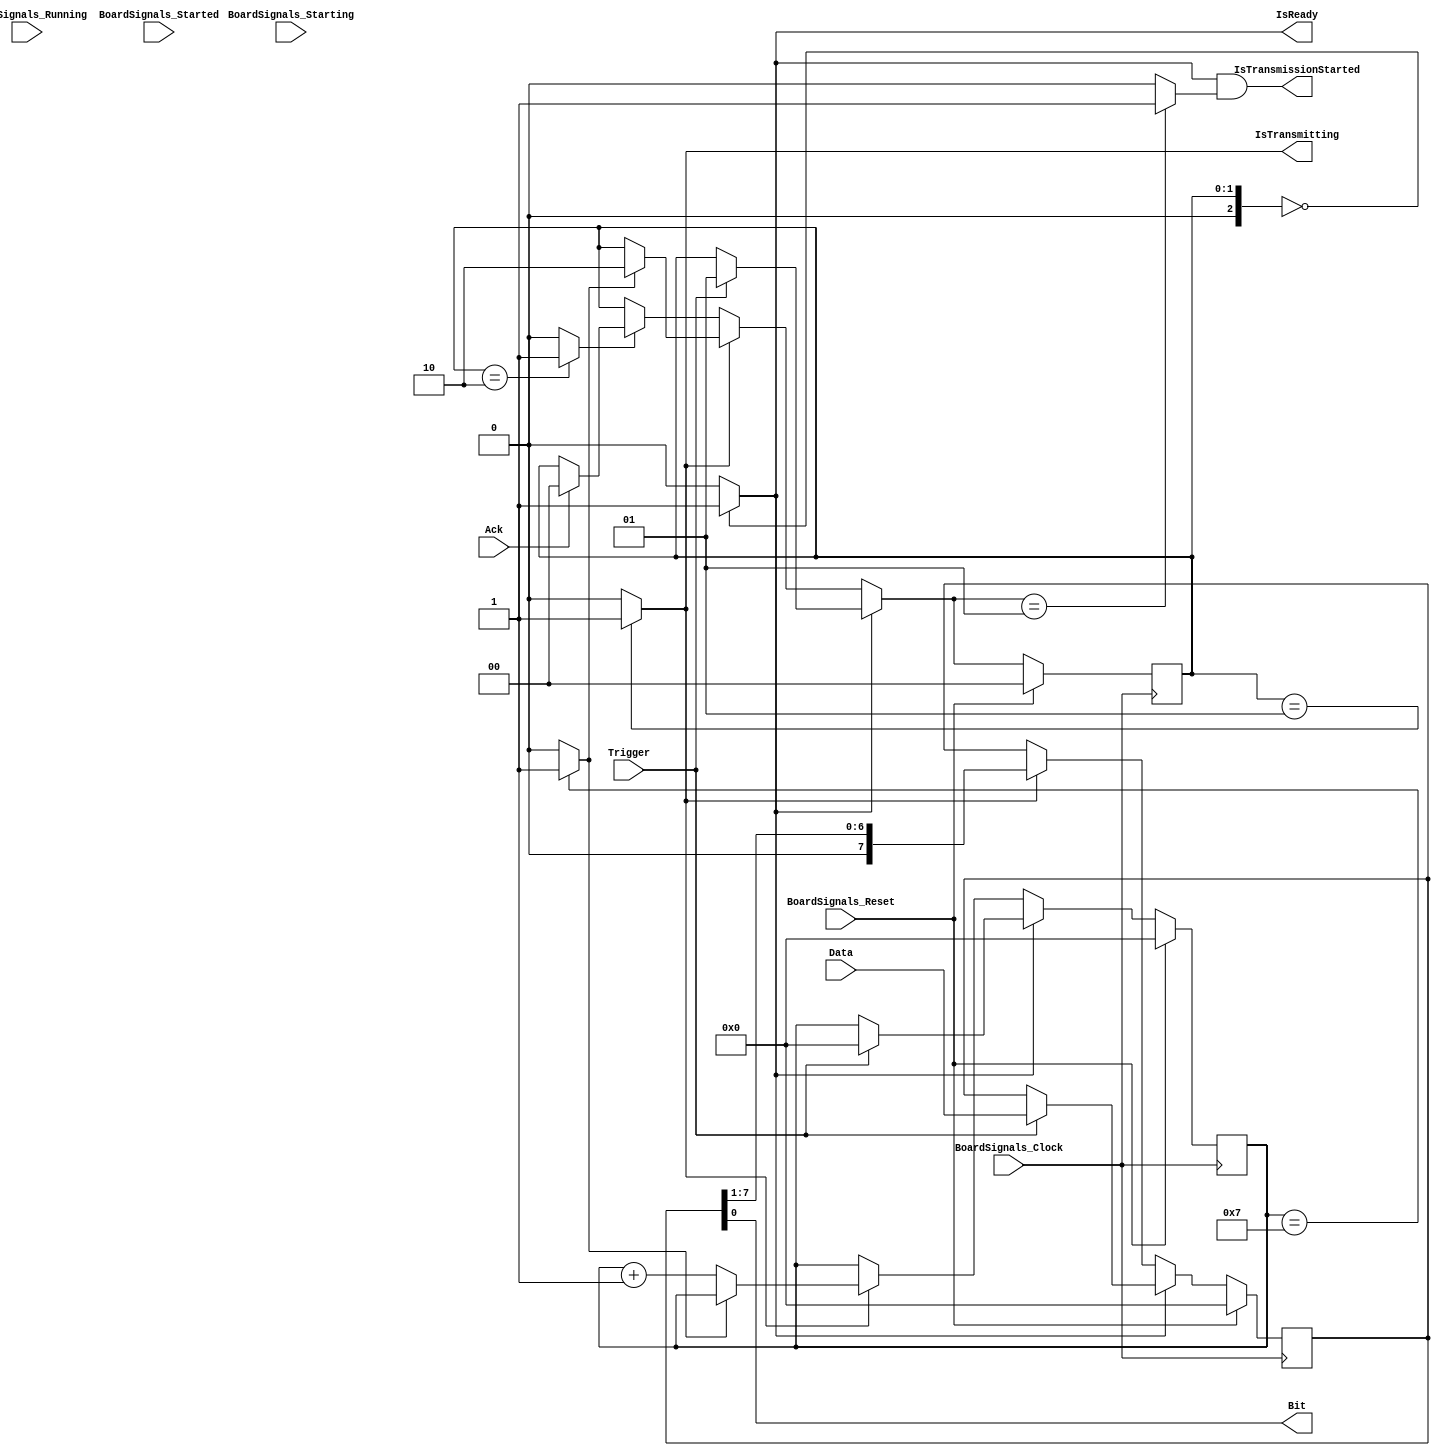
`timescale 1ns/1ps
`default_nettype none
// PLEASE READ THIS, IT MAY SAVE YOU SOME TIME AND MONEY, THANK YOU!
// * This file was generated by Quokka FPGA Toolkit.
// * Generated code is your property, do whatever you want with it
// * Place custom code between [BEGIN USER ***] and [END USER ***].
// * CAUTION: All code outside of [USER] scope is subject to regeneration.
// * Bad things happen sometimes in developer's life,
//   it is recommended to use source control management software (e.g. git, bzr etc) to keep your custom code safe'n'sound.
// * Internal structure of code is subject to change.
//   You can use some of signals in custom code, but most likely they will not exist in future (e.g. will get shorter or gone completely)
// * Please send your feedback, comments, improvement ideas etc. to evmuryshkin@gmail.com
// * Visit https://github.com/EvgenyMuryshkin/QuokkaEvaluation to access latest version of playground
//
// DISCLAIMER:
//   Code comes AS-IS, it is your responsibility to make sure it is working as expected
//   no responsibility will be taken for any loss or damage caused by use of Quokka toolkit.
//
// System configuration name is CompositionModule_TopLevel_Transmitter, clock frequency is 1Hz, Embedded
// FSM summary
// -- Packages
module CompositionModule_TopLevel_Transmitter
(
	// [BEGIN USER PORTS]
	// [END USER PORTS]
	input wire BoardSignals_Clock,
	input wire BoardSignals_Reset,
	input wire BoardSignals_Running,
	input wire BoardSignals_Starting,
	input wire BoardSignals_Started,
	input wire Ack,
	input wire [7:0] Data,
	input wire Trigger,
	output wire Bit,
	output wire IsReady,
	output wire IsTransmissionStarted,
	output wire IsTransmitting
);
	// [BEGIN USER SIGNALS]
	// [END USER SIGNALS]
	localparam HiSignal = 1'b1;
	localparam LoSignal = 1'b0;
	wire Zero = 1'b0;
	wire One = 1'b1;
	wire true = 1'b1;
	wire false = 1'b0;
	wire [1: 0] TransmitterModule_L13F9L40T10_TransmitterModule_L14F13L39T14_TransmitterModule_L16F22T41_Expr = 2'b00;
	wire TransmitterModule_L13F9L40T10_TransmitterModule_L14F13L39T14_TransmitterModule_L18F21L22T22_TransmitterModule_L19F45T46_Expr = 1'b0;
	wire [1: 0] TransmitterModule_L13F9L40T10_TransmitterModule_L14F13L39T14_TransmitterModule_L18F21L22T22_TransmitterModule_L21F41T68_Expr = 2'b01;
	wire [1: 0] TransmitterModule_L13F9L40T10_TransmitterModule_L14F13L39T14_TransmitterModule_L24F22T49_Expr = 2'b01;
	wire [2: 0] TransmitterModule_L13F9L40T10_TransmitterModule_L14F13L39T14_TransmitterModule_L25F42T43_Expr = 3'b111;
	wire [1: 0] TransmitterModule_L13F9L40T10_TransmitterModule_L14F13L39T14_TransmitterModule_L26F21L28T22_TransmitterModule_L27F41T69_Expr = 2'b10;
	wire TransmitterModule_L13F9L40T10_TransmitterModule_L14F13L39T14_TransmitterModule_L30F21L32T22_TransmitterModule_L31F68T69_Expr = 1'b1;
	wire TransmitterModule_L13F9L40T10_TransmitterModule_L14F13L39T14_TransmitterModule_L33F52T53_Expr = 1'b1;
	wire [1: 0] TransmitterModule_L13F9L40T10_TransmitterModule_L14F13L39T14_TransmitterModule_L35F22T50_Expr = 2'b10;
	wire [1: 0] TransmitterModule_L13F9L40T10_TransmitterModule_L14F13L39T14_TransmitterModule_L37F41T60_Expr = 2'b00;
	wire [1: 0] TransmitterModule_L9F46T65_Expr = 2'b00;
	wire [1: 0] TransmitterModule_L11F59T78_Expr = 2'b00;
	wire [1: 0] TransmitterModule_L11F99T126_Expr = 2'b01;
	wire [1: 0] TransmitterModule_L10F52T79_Expr = 2'b01;
	wire Inputs_Ack;
	wire [7: 0] Inputs_Data;
	wire Inputs_Trigger;
	reg [7: 0] NextState_Counter;
	reg [7: 0] NextState_Data;
	reg [1: 0] NextState_FSM;
	wire [7: 0] TransmitterModule_L13F9L40T10_TransmitterModule_L14F13L39T14_TransmitterModule_L30F21L32T22_TransmitterModule_L31F45T70_Cast;
	reg [7: 0] State_Counter = 8'b00000000;
	wire [7: 0] State_CounterDefault = 8'b00000000;
	reg [7: 0] State_Data = 8'b00000000;
	wire [7: 0] State_DataDefault = 8'b00000000;
	reg [1: 0] State_FSM = 2'b00;
	wire [1: 0] State_FSMDefault = 2'b00;
	wire [7: 0] TransmitterModule_L13F9L40T10_TransmitterModule_L14F13L39T14_TransmitterModule_L33F38T53_Expr;
	wire [7: 0] TransmitterModule_L13F9L40T10_TransmitterModule_L14F13L39T14_TransmitterModule_L33F38T53_Expr_1;
	wire TransmitterModule_L11F46T126_Expr;
	wire TransmitterModule_L11F46T126_Expr_1;
	wire TransmitterModule_L11F46T126_Expr_2;
	wire [9: 0] TransmitterModule_L13F9L40T10_TransmitterModule_L14F13L39T14_TransmitterModule_L30F21L32T22_TransmitterModule_L31F52T69_Expr;
	wire signed [9: 0] TransmitterModule_L13F9L40T10_TransmitterModule_L14F13L39T14_TransmitterModule_L30F21L32T22_TransmitterModule_L31F52T69_Expr_1;
	wire signed [9: 0] TransmitterModule_L13F9L40T10_TransmitterModule_L14F13L39T14_TransmitterModule_L30F21L32T22_TransmitterModule_L31F52T69_Expr_2;
	wire TransmitterModule_L13F9L40T10_TransmitterModule_L14F13L39T14_TransmitterModule_L16F17L23T27_Case;
	wire signed [2: 0] TransmitterModule_L13F9L40T10_TransmitterModule_L14F13L39T14_TransmitterModule_L16F17L23T27_CaseLhs;
	wire signed [2: 0] TransmitterModule_L13F9L40T10_TransmitterModule_L14F13L39T14_TransmitterModule_L16F17L23T27_CaseRhs;
	wire TransmitterModule_L13F9L40T10_TransmitterModule_L14F13L39T14_TransmitterModule_L24F17L34T27_Case;
	wire signed [2: 0] TransmitterModule_L13F9L40T10_TransmitterModule_L14F13L39T14_TransmitterModule_L24F17L34T27_CaseLhs;
	wire signed [2: 0] TransmitterModule_L13F9L40T10_TransmitterModule_L14F13L39T14_TransmitterModule_L24F17L34T27_CaseRhs;
	wire TransmitterModule_L13F9L40T10_TransmitterModule_L14F13L39T14_TransmitterModule_L25F25T43_Expr;
	wire signed [8: 0] TransmitterModule_L13F9L40T10_TransmitterModule_L14F13L39T14_TransmitterModule_L25F25T43_ExprLhs;
	wire signed [8: 0] TransmitterModule_L13F9L40T10_TransmitterModule_L14F13L39T14_TransmitterModule_L25F25T43_ExprRhs;
	wire TransmitterModule_L13F9L40T10_TransmitterModule_L14F13L39T14_TransmitterModule_L35F17L38T27_Case;
	wire signed [2: 0] TransmitterModule_L13F9L40T10_TransmitterModule_L14F13L39T14_TransmitterModule_L35F17L38T27_CaseLhs;
	wire signed [2: 0] TransmitterModule_L13F9L40T10_TransmitterModule_L14F13L39T14_TransmitterModule_L35F17L38T27_CaseRhs;
	wire TransmitterModule_L9F32T65_Expr;
	wire signed [2: 0] TransmitterModule_L9F32T65_ExprLhs;
	wire signed [2: 0] TransmitterModule_L9F32T65_ExprRhs;
	wire TransmitterModule_L11F46T78_Expr;
	wire signed [2: 0] TransmitterModule_L11F46T78_ExprLhs;
	wire signed [2: 0] TransmitterModule_L11F46T78_ExprRhs;
	wire TransmitterModule_L11F82T126_Expr;
	wire signed [2: 0] TransmitterModule_L11F82T126_ExprLhs;
	wire signed [2: 0] TransmitterModule_L11F82T126_ExprRhs;
	wire TransmitterModule_L10F39T79_Expr;
	wire signed [2: 0] TransmitterModule_L10F39T79_ExprLhs;
	wire signed [2: 0] TransmitterModule_L10F39T79_ExprRhs;
	always @ (posedge BoardSignals_Clock)
	begin
		if ((BoardSignals_Reset == 1))
		begin
			State_Counter <= State_CounterDefault;
			State_Data <= State_DataDefault;
			State_FSM <= State_FSMDefault;
		end
		else
		begin
			State_Counter <= NextState_Counter;
			State_Data <= NextState_Data;
			State_FSM <= NextState_FSM;
		end
	end
	assign TransmitterModule_L13F9L40T10_TransmitterModule_L14F13L39T14_TransmitterModule_L16F17L23T27_Case = TransmitterModule_L13F9L40T10_TransmitterModule_L14F13L39T14_TransmitterModule_L16F17L23T27_CaseLhs == TransmitterModule_L13F9L40T10_TransmitterModule_L14F13L39T14_TransmitterModule_L16F17L23T27_CaseRhs ? 1'b1 : 1'b0;
	assign TransmitterModule_L13F9L40T10_TransmitterModule_L14F13L39T14_TransmitterModule_L24F17L34T27_Case = TransmitterModule_L13F9L40T10_TransmitterModule_L14F13L39T14_TransmitterModule_L24F17L34T27_CaseLhs == TransmitterModule_L13F9L40T10_TransmitterModule_L14F13L39T14_TransmitterModule_L24F17L34T27_CaseRhs ? 1'b1 : 1'b0;
	assign TransmitterModule_L13F9L40T10_TransmitterModule_L14F13L39T14_TransmitterModule_L25F25T43_Expr = TransmitterModule_L13F9L40T10_TransmitterModule_L14F13L39T14_TransmitterModule_L25F25T43_ExprLhs == TransmitterModule_L13F9L40T10_TransmitterModule_L14F13L39T14_TransmitterModule_L25F25T43_ExprRhs ? 1'b1 : 1'b0;
	assign TransmitterModule_L13F9L40T10_TransmitterModule_L14F13L39T14_TransmitterModule_L35F17L38T27_Case = TransmitterModule_L13F9L40T10_TransmitterModule_L14F13L39T14_TransmitterModule_L35F17L38T27_CaseLhs == TransmitterModule_L13F9L40T10_TransmitterModule_L14F13L39T14_TransmitterModule_L35F17L38T27_CaseRhs ? 1'b1 : 1'b0;
	assign TransmitterModule_L9F32T65_Expr = TransmitterModule_L9F32T65_ExprLhs == TransmitterModule_L9F32T65_ExprRhs ? 1'b1 : 1'b0;
	assign TransmitterModule_L11F46T78_Expr = TransmitterModule_L11F46T78_ExprLhs == TransmitterModule_L11F46T78_ExprRhs ? 1'b1 : 1'b0;
	assign TransmitterModule_L11F82T126_Expr = TransmitterModule_L11F82T126_ExprLhs == TransmitterModule_L11F82T126_ExprRhs ? 1'b1 : 1'b0;
	assign TransmitterModule_L10F39T79_Expr = TransmitterModule_L10F39T79_ExprLhs == TransmitterModule_L10F39T79_ExprRhs ? 1'b1 : 1'b0;
	// Output: TransmitterModule_L13F9L40T10_TransmitterModule_L14F13L39T14_TransmitterModule_L33F38T53_Expr, Width: 8, ShiftBy: 1, Sources: 1
	assign TransmitterModule_L13F9L40T10_TransmitterModule_L14F13L39T14_TransmitterModule_L33F38T53_Expr[0] = TransmitterModule_L13F9L40T10_TransmitterModule_L14F13L39T14_TransmitterModule_L33F38T53_Expr_1[1];
	assign TransmitterModule_L13F9L40T10_TransmitterModule_L14F13L39T14_TransmitterModule_L33F38T53_Expr[1] = TransmitterModule_L13F9L40T10_TransmitterModule_L14F13L39T14_TransmitterModule_L33F38T53_Expr_1[2];
	assign TransmitterModule_L13F9L40T10_TransmitterModule_L14F13L39T14_TransmitterModule_L33F38T53_Expr[2] = TransmitterModule_L13F9L40T10_TransmitterModule_L14F13L39T14_TransmitterModule_L33F38T53_Expr_1[3];
	assign TransmitterModule_L13F9L40T10_TransmitterModule_L14F13L39T14_TransmitterModule_L33F38T53_Expr[3] = TransmitterModule_L13F9L40T10_TransmitterModule_L14F13L39T14_TransmitterModule_L33F38T53_Expr_1[4];
	assign TransmitterModule_L13F9L40T10_TransmitterModule_L14F13L39T14_TransmitterModule_L33F38T53_Expr[4] = TransmitterModule_L13F9L40T10_TransmitterModule_L14F13L39T14_TransmitterModule_L33F38T53_Expr_1[5];
	assign TransmitterModule_L13F9L40T10_TransmitterModule_L14F13L39T14_TransmitterModule_L33F38T53_Expr[5] = TransmitterModule_L13F9L40T10_TransmitterModule_L14F13L39T14_TransmitterModule_L33F38T53_Expr_1[6];
	assign TransmitterModule_L13F9L40T10_TransmitterModule_L14F13L39T14_TransmitterModule_L33F38T53_Expr[6] = TransmitterModule_L13F9L40T10_TransmitterModule_L14F13L39T14_TransmitterModule_L33F38T53_Expr_1[7];
	assign TransmitterModule_L13F9L40T10_TransmitterModule_L14F13L39T14_TransmitterModule_L33F38T53_Expr[7] = 0;
	assign TransmitterModule_L11F46T126_Expr = TransmitterModule_L11F46T126_Expr_1 & TransmitterModule_L11F46T126_Expr_2;
	assign TransmitterModule_L13F9L40T10_TransmitterModule_L14F13L39T14_TransmitterModule_L30F21L32T22_TransmitterModule_L31F52T69_Expr = TransmitterModule_L13F9L40T10_TransmitterModule_L14F13L39T14_TransmitterModule_L30F21L32T22_TransmitterModule_L31F52T69_Expr_1 + TransmitterModule_L13F9L40T10_TransmitterModule_L14F13L39T14_TransmitterModule_L30F21L32T22_TransmitterModule_L31F52T69_Expr_2;
	always @ (*)
	begin
		NextState_Counter = State_Counter;
		NextState_Data = State_Data;
		NextState_FSM = State_FSM;
		if ((TransmitterModule_L13F9L40T10_TransmitterModule_L14F13L39T14_TransmitterModule_L16F17L23T27_Case == 1))
		begin
			if ((Inputs_Trigger == 1))
			begin
				NextState_Counter = {
					{7{1'b0}},
					TransmitterModule_L13F9L40T10_TransmitterModule_L14F13L39T14_TransmitterModule_L18F21L22T22_TransmitterModule_L19F45T46_Expr
				}
				;
				NextState_Data = Inputs_Data;
				NextState_FSM = TransmitterModule_L13F9L40T10_TransmitterModule_L14F13L39T14_TransmitterModule_L18F21L22T22_TransmitterModule_L21F41T68_Expr;
			end
		end
		else if ((TransmitterModule_L13F9L40T10_TransmitterModule_L14F13L39T14_TransmitterModule_L24F17L34T27_Case == 1))
		begin
			if ((TransmitterModule_L13F9L40T10_TransmitterModule_L14F13L39T14_TransmitterModule_L25F25T43_Expr == 1))
			begin
				NextState_FSM = TransmitterModule_L13F9L40T10_TransmitterModule_L14F13L39T14_TransmitterModule_L26F21L28T22_TransmitterModule_L27F41T69_Expr;
			end
			else
			begin
				NextState_Counter = TransmitterModule_L13F9L40T10_TransmitterModule_L14F13L39T14_TransmitterModule_L30F21L32T22_TransmitterModule_L31F45T70_Cast;
			end
			NextState_Data = TransmitterModule_L13F9L40T10_TransmitterModule_L14F13L39T14_TransmitterModule_L33F38T53_Expr;
		end
		else if ((TransmitterModule_L13F9L40T10_TransmitterModule_L14F13L39T14_TransmitterModule_L35F17L38T27_Case == 1))
		begin
			if ((Inputs_Ack == 1))
			begin
				NextState_FSM = TransmitterModule_L13F9L40T10_TransmitterModule_L14F13L39T14_TransmitterModule_L37F41T60_Expr;
			end
		end
	end
	assign TransmitterModule_L13F9L40T10_TransmitterModule_L14F13L39T14_TransmitterModule_L16F17L23T27_CaseLhs = {
		1'b0,
		State_FSM
	}
	;
	assign TransmitterModule_L13F9L40T10_TransmitterModule_L14F13L39T14_TransmitterModule_L16F17L23T27_CaseRhs = {
		1'b0,
		TransmitterModule_L13F9L40T10_TransmitterModule_L14F13L39T14_TransmitterModule_L16F22T41_Expr
	}
	;
	assign TransmitterModule_L13F9L40T10_TransmitterModule_L14F13L39T14_TransmitterModule_L24F17L34T27_CaseLhs = {
		1'b0,
		State_FSM
	}
	;
	assign TransmitterModule_L13F9L40T10_TransmitterModule_L14F13L39T14_TransmitterModule_L24F17L34T27_CaseRhs = {
		1'b0,
		TransmitterModule_L13F9L40T10_TransmitterModule_L14F13L39T14_TransmitterModule_L24F22T49_Expr
	}
	;
	assign TransmitterModule_L13F9L40T10_TransmitterModule_L14F13L39T14_TransmitterModule_L25F25T43_ExprLhs = {
		1'b0,
		State_Counter
	}
	;
	assign TransmitterModule_L13F9L40T10_TransmitterModule_L14F13L39T14_TransmitterModule_L25F25T43_ExprRhs = {
		{6{1'b0}},
		TransmitterModule_L13F9L40T10_TransmitterModule_L14F13L39T14_TransmitterModule_L25F42T43_Expr
	}
	;
	assign TransmitterModule_L13F9L40T10_TransmitterModule_L14F13L39T14_TransmitterModule_L35F17L38T27_CaseLhs = {
		1'b0,
		State_FSM
	}
	;
	assign TransmitterModule_L13F9L40T10_TransmitterModule_L14F13L39T14_TransmitterModule_L35F17L38T27_CaseRhs = {
		1'b0,
		TransmitterModule_L13F9L40T10_TransmitterModule_L14F13L39T14_TransmitterModule_L35F22T50_Expr
	}
	;
	assign TransmitterModule_L9F32T65_ExprLhs = {
		1'b0,
		State_FSM
	}
	;
	assign TransmitterModule_L9F32T65_ExprRhs = {
		1'b0,
		TransmitterModule_L9F46T65_Expr
	}
	;
	assign TransmitterModule_L11F46T78_ExprLhs = {
		1'b0,
		State_FSM
	}
	;
	assign TransmitterModule_L11F46T78_ExprRhs = {
		1'b0,
		TransmitterModule_L11F59T78_Expr
	}
	;
	assign TransmitterModule_L11F82T126_ExprLhs = {
		1'b0,
		NextState_FSM
	}
	;
	assign TransmitterModule_L11F82T126_ExprRhs = {
		1'b0,
		TransmitterModule_L11F99T126_Expr
	}
	;
	assign TransmitterModule_L10F39T79_ExprLhs = {
		1'b0,
		State_FSM
	}
	;
	assign TransmitterModule_L10F39T79_ExprRhs = {
		1'b0,
		TransmitterModule_L10F52T79_Expr
	}
	;
	assign TransmitterModule_L13F9L40T10_TransmitterModule_L14F13L39T14_TransmitterModule_L33F38T53_Expr_1 = State_Data;
	assign TransmitterModule_L11F46T126_Expr_1 = TransmitterModule_L11F46T78_Expr;
	assign TransmitterModule_L11F46T126_Expr_2 = TransmitterModule_L11F82T126_Expr;
	assign TransmitterModule_L13F9L40T10_TransmitterModule_L14F13L39T14_TransmitterModule_L30F21L32T22_TransmitterModule_L31F52T69_Expr_1 = {
		{2{1'b0}},
		State_Counter
	}
	;
	assign TransmitterModule_L13F9L40T10_TransmitterModule_L14F13L39T14_TransmitterModule_L30F21L32T22_TransmitterModule_L31F52T69_Expr_2 = {
		{9{1'b0}},
		TransmitterModule_L13F9L40T10_TransmitterModule_L14F13L39T14_TransmitterModule_L30F21L32T22_TransmitterModule_L31F68T69_Expr
	}
	;
	assign Inputs_Ack = Ack;
	assign Inputs_Data = Data;
	assign Inputs_Trigger = Trigger;
	assign TransmitterModule_L13F9L40T10_TransmitterModule_L14F13L39T14_TransmitterModule_L30F21L32T22_TransmitterModule_L31F45T70_Cast = TransmitterModule_L13F9L40T10_TransmitterModule_L14F13L39T14_TransmitterModule_L30F21L32T22_TransmitterModule_L31F52T69_Expr[7:0];
	assign Bit = State_Data[0];
	assign IsReady = TransmitterModule_L9F32T65_Expr;
	assign IsTransmissionStarted = TransmitterModule_L11F46T126_Expr;
	assign IsTransmitting = TransmitterModule_L10F39T79_Expr;
	// [BEGIN USER ARCHITECTURE]
	// [END USER ARCHITECTURE]
endmodule